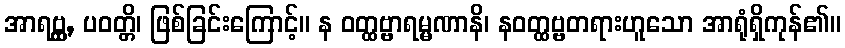
အာရဗ္ဘ္ထ, ပဝတ္တိ၊ ဖြစ်ခြင်းကြောင့်။ န ဝတ္ထဗ္ဗာရမ္မဏာနိ၊ နဝတ္ထဗ္ဗတရားဟူသော အာရုံရှိကုန်၏။